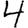
Digit: 4